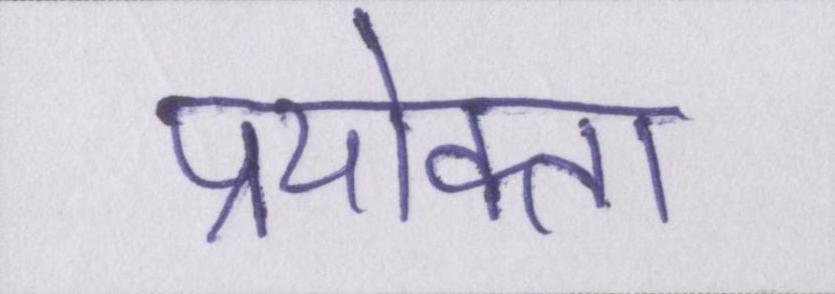
प्रयोक्ता